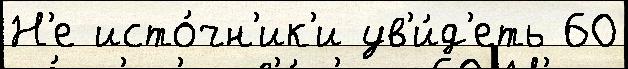
Н'е исто́чн'ик'и ув'и́д'еть 60